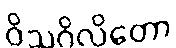
ဝိသဂိလိတော